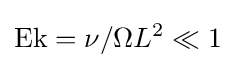
\mathrm {Ek} =\nu /\Omega L^{2}\ll 1